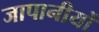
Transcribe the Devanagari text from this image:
जापानीयों